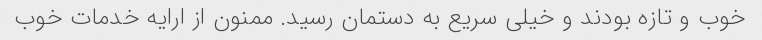
خوب و تازه بودند و خیلی سریع به دستمان رسید. ممنون از ارایه خدمات خوب